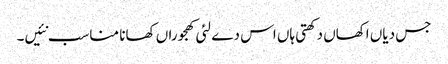
جس دیاں اکھاں دکھتی ہاں اس دے لئی کھجوراں کھانا مناسب نئیں۔